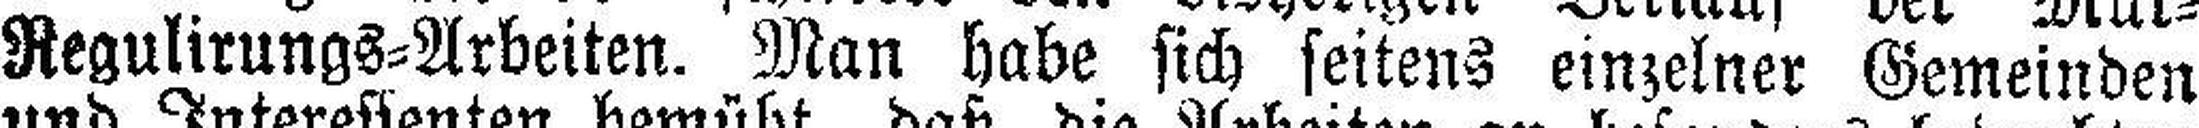
Regulirungs=Arbeiten. Man habe sich seitens einzelner Gemeinden